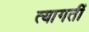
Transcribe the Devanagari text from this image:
त्यागतीं